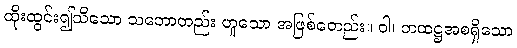
ထိုးထွင်း၍သိသော သဘောတည်း ဟူသော အဖြစ်တေည်း။ ဝါ၊ တထဋ္ဌအစရှိသော